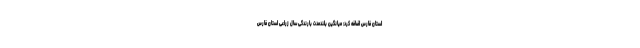
استان فارس اضافه کرد: میانگین بلندمدت بارندگی سال زراعی استان فارس